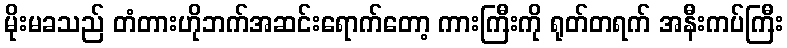
မိုးမခသည် တံတားဟိုဘက်အဆင်းရောက်တော့ ကားကြီးကို ရုတ်တရက် အနီးကပ်ကြီး